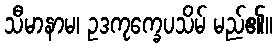
သီမာနာမ၊ ဥဒကုက္ခေပသိမ် မည်၏။